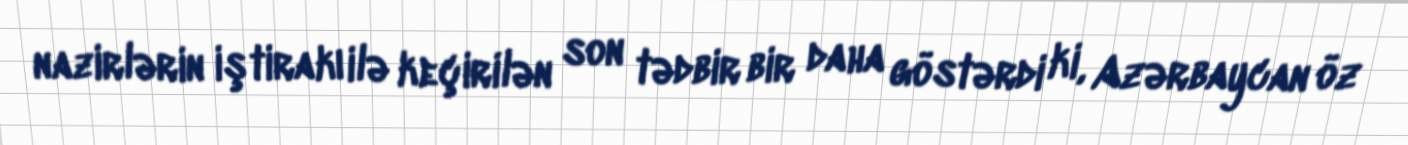
nazirlərin iştirakı ilə keçirilən son tədbir bir daha göstərdi ki, Azərbaycan öz